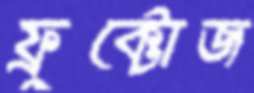
ফ্রুক্টোজ